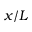
x / L